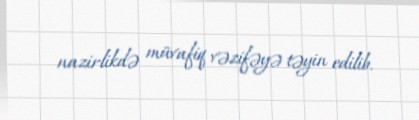
nazirlikdə müvafiq vəzifəyə təyin edilib.